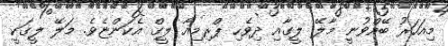
މިއަހަރު ބޭއްވުނީ މާލޭ ލީގާއި ދިވެހި ޕްރިމިއާ ލީގް އެކަންޏެވެ. މަލޭ ލީގަކީ